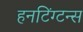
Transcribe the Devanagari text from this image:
हनटिंग्टन्स